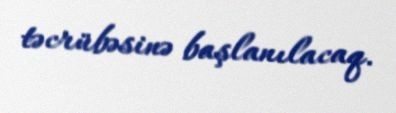
təcrübəsinə başlanılacaq.